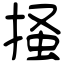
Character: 掻